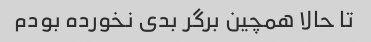
تا حالا همچین برگر بدى نخورده بودم